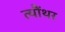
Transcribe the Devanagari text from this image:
त्यौंथर